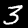
Label: 3